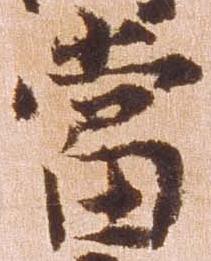
当